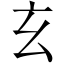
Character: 玄